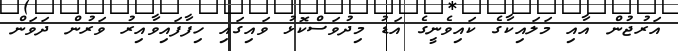
އަރުޖުން އާއި މަލައިކާގެ ކައިވެނީގެ އަޑު މިދުވަސްކޮޅު ވައިގައި ހިފާފައިވާއިރު ވަރުން ދަވަން